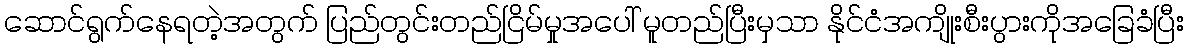
ဆောင်ရွက်နေရတဲ့အတွက် ပြည်တွင်းတည်ငြိမ်မှုအပေါ် မူတည်ပြီးမှသာ နိုင်ငံအကျိုးစီးပွားကိုအခြေခံပြီး